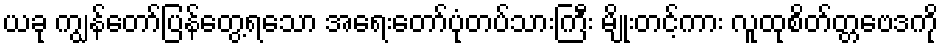
ယခု ကျွန်တော်ပြန်တွေ့ရသော အရေးတော်ပုံတပ်သားကြီး မျိုးတင့်ကား လူထုစိတ်တ္တဗေဒကို